Annual report of the Punjab Veterinary College and of the Civil Veterinary Department, Punjab - 1909-1919
Year: 1909
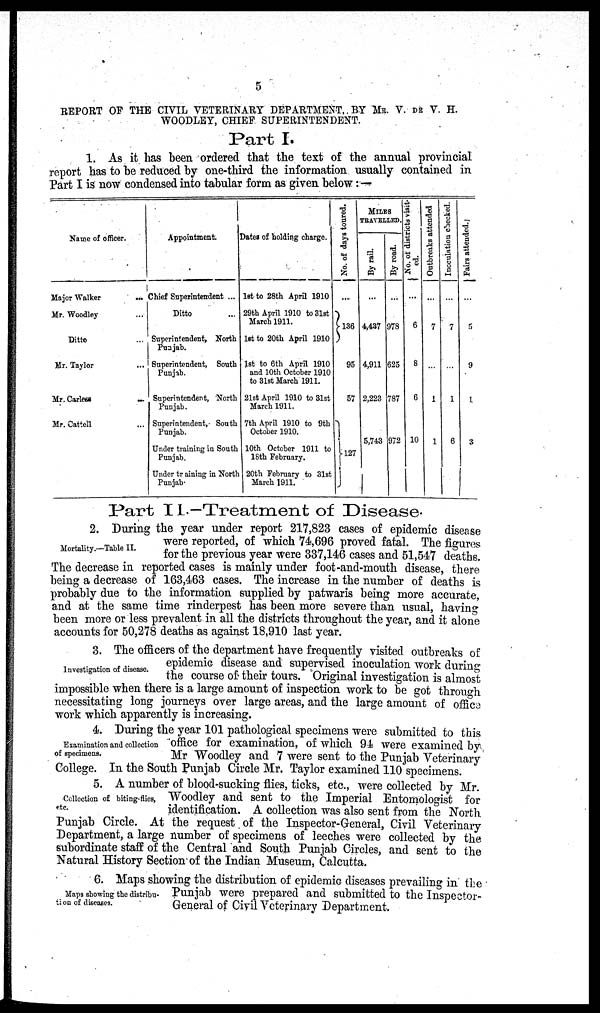
5
REPORT OF THE CIVIL VETERINARY DEPARTMENT, BY MR. V. DE V. H.
WOODLEY, CHIEF SUPERINTENDENT.
Part I.
1. As it has been ordered that the text of the annual provincial
report has to be reduced by one-third the information usually contained in
Part I is now condensed into tabular form as given below:—
Name of officer.
Major Walker
...
Mr. Woodley ...
Ditto ...
Mr. Taylor ...
Mr.
Carless
...
Mr. Cattell ...
Appointment.
Chief Superintendent ...
Ditto ...
Superintendent, North
Punjab.
Superintendent, South
Punjab.
Superintendent, North
Punjab.
Superintendent, South
Punjab.
Under training in South
Punjab.
Under training in North
Punjab.
Dates of holding charge.
1st to 28th April 1910
29th April 1910 to 31st
March 1911.
1st to 20th April 1910
1st to 6th April 1910
and 10th October 1910
to 31st March 1911.
21st April 1910 to 31st
March 1911.
7th April 1910 to 9th
October 1910.
10th October 1911 to
18th February.
20th February to 31st
March 1911.
No. of days toured.
...
136
...
95
57
127
MILES
TRAVELLED.
By rail.
...
4,437
4,911
2,223
5,743
By road.
...
978
625
787
972
No. of districts visit-
ed.
...
6
8
6
10
Outbreaks attended
...
7
...
1
1
Incculation checked.
7
...
1
6
Fairs attended.
...
5
9
1
3
Part II.-Treatment of Disease.
Mortality.—Table II.
2. During the year under report 217,823 cases of epidemic disease
were reported, of which 74,696 proved fatal. The figures
for the previous year were 337,146 cases and 51,547 deaths.
The decrease in reported cases is mainly under foot-and-mouth disease, there
being a decrease of 163,463 cases. The increase in the number of deaths is
probably due to the information supplied by patwaris being more accurate,
and at the same time rinderpest has been more severe than usual, having
been more or less prevalent in all the districts throughout the year, and it alone
accounts for 50,278 deaths as against 18,910 last year.
Investigation of disease.
3. The officers of the department have frequently visited outbreaks of
epidemic disease and supervised inoculation work during
the course of their tours. Original investigation is almost
impossible when there is a large amount of inspection work to be got through
necessitating long journeys over large areas, and the large amount of office
work which apparently is increasing.
Examination and collection
of specimens.
4. During the year 101 pathological specimens were submitted to this
office for examination, of which 94 were examined by,
Mr Woodley and 7 were sent to the Punjab Veterinary
College. In the South Punjab Circle Mr. Taylor examined 110 specimens.
Collection of biting-flies,
etc.
5. A number of blood-sucking flies, ticks, etc., were collected by Mr.
Woodley and sent to the Imperial Entomologist for
identification. A collection was also sent from the North
Punjab Circle. At the request of the Inspector-General, Civil Veterinary
Department, a large number of specimens of leeches were collected by the
subordinate staff of the Central and South Punjab Circles, and sent to the
Natural History Section of the Indian Museum, Calcutta.
Maps showing the distribu-
tion of diseases.
6. Maps showing the distribution of epidemic diseases prevailing in the
Punjab were prepared and submitted to the Inspector-
General of Civil Veterinary Department.